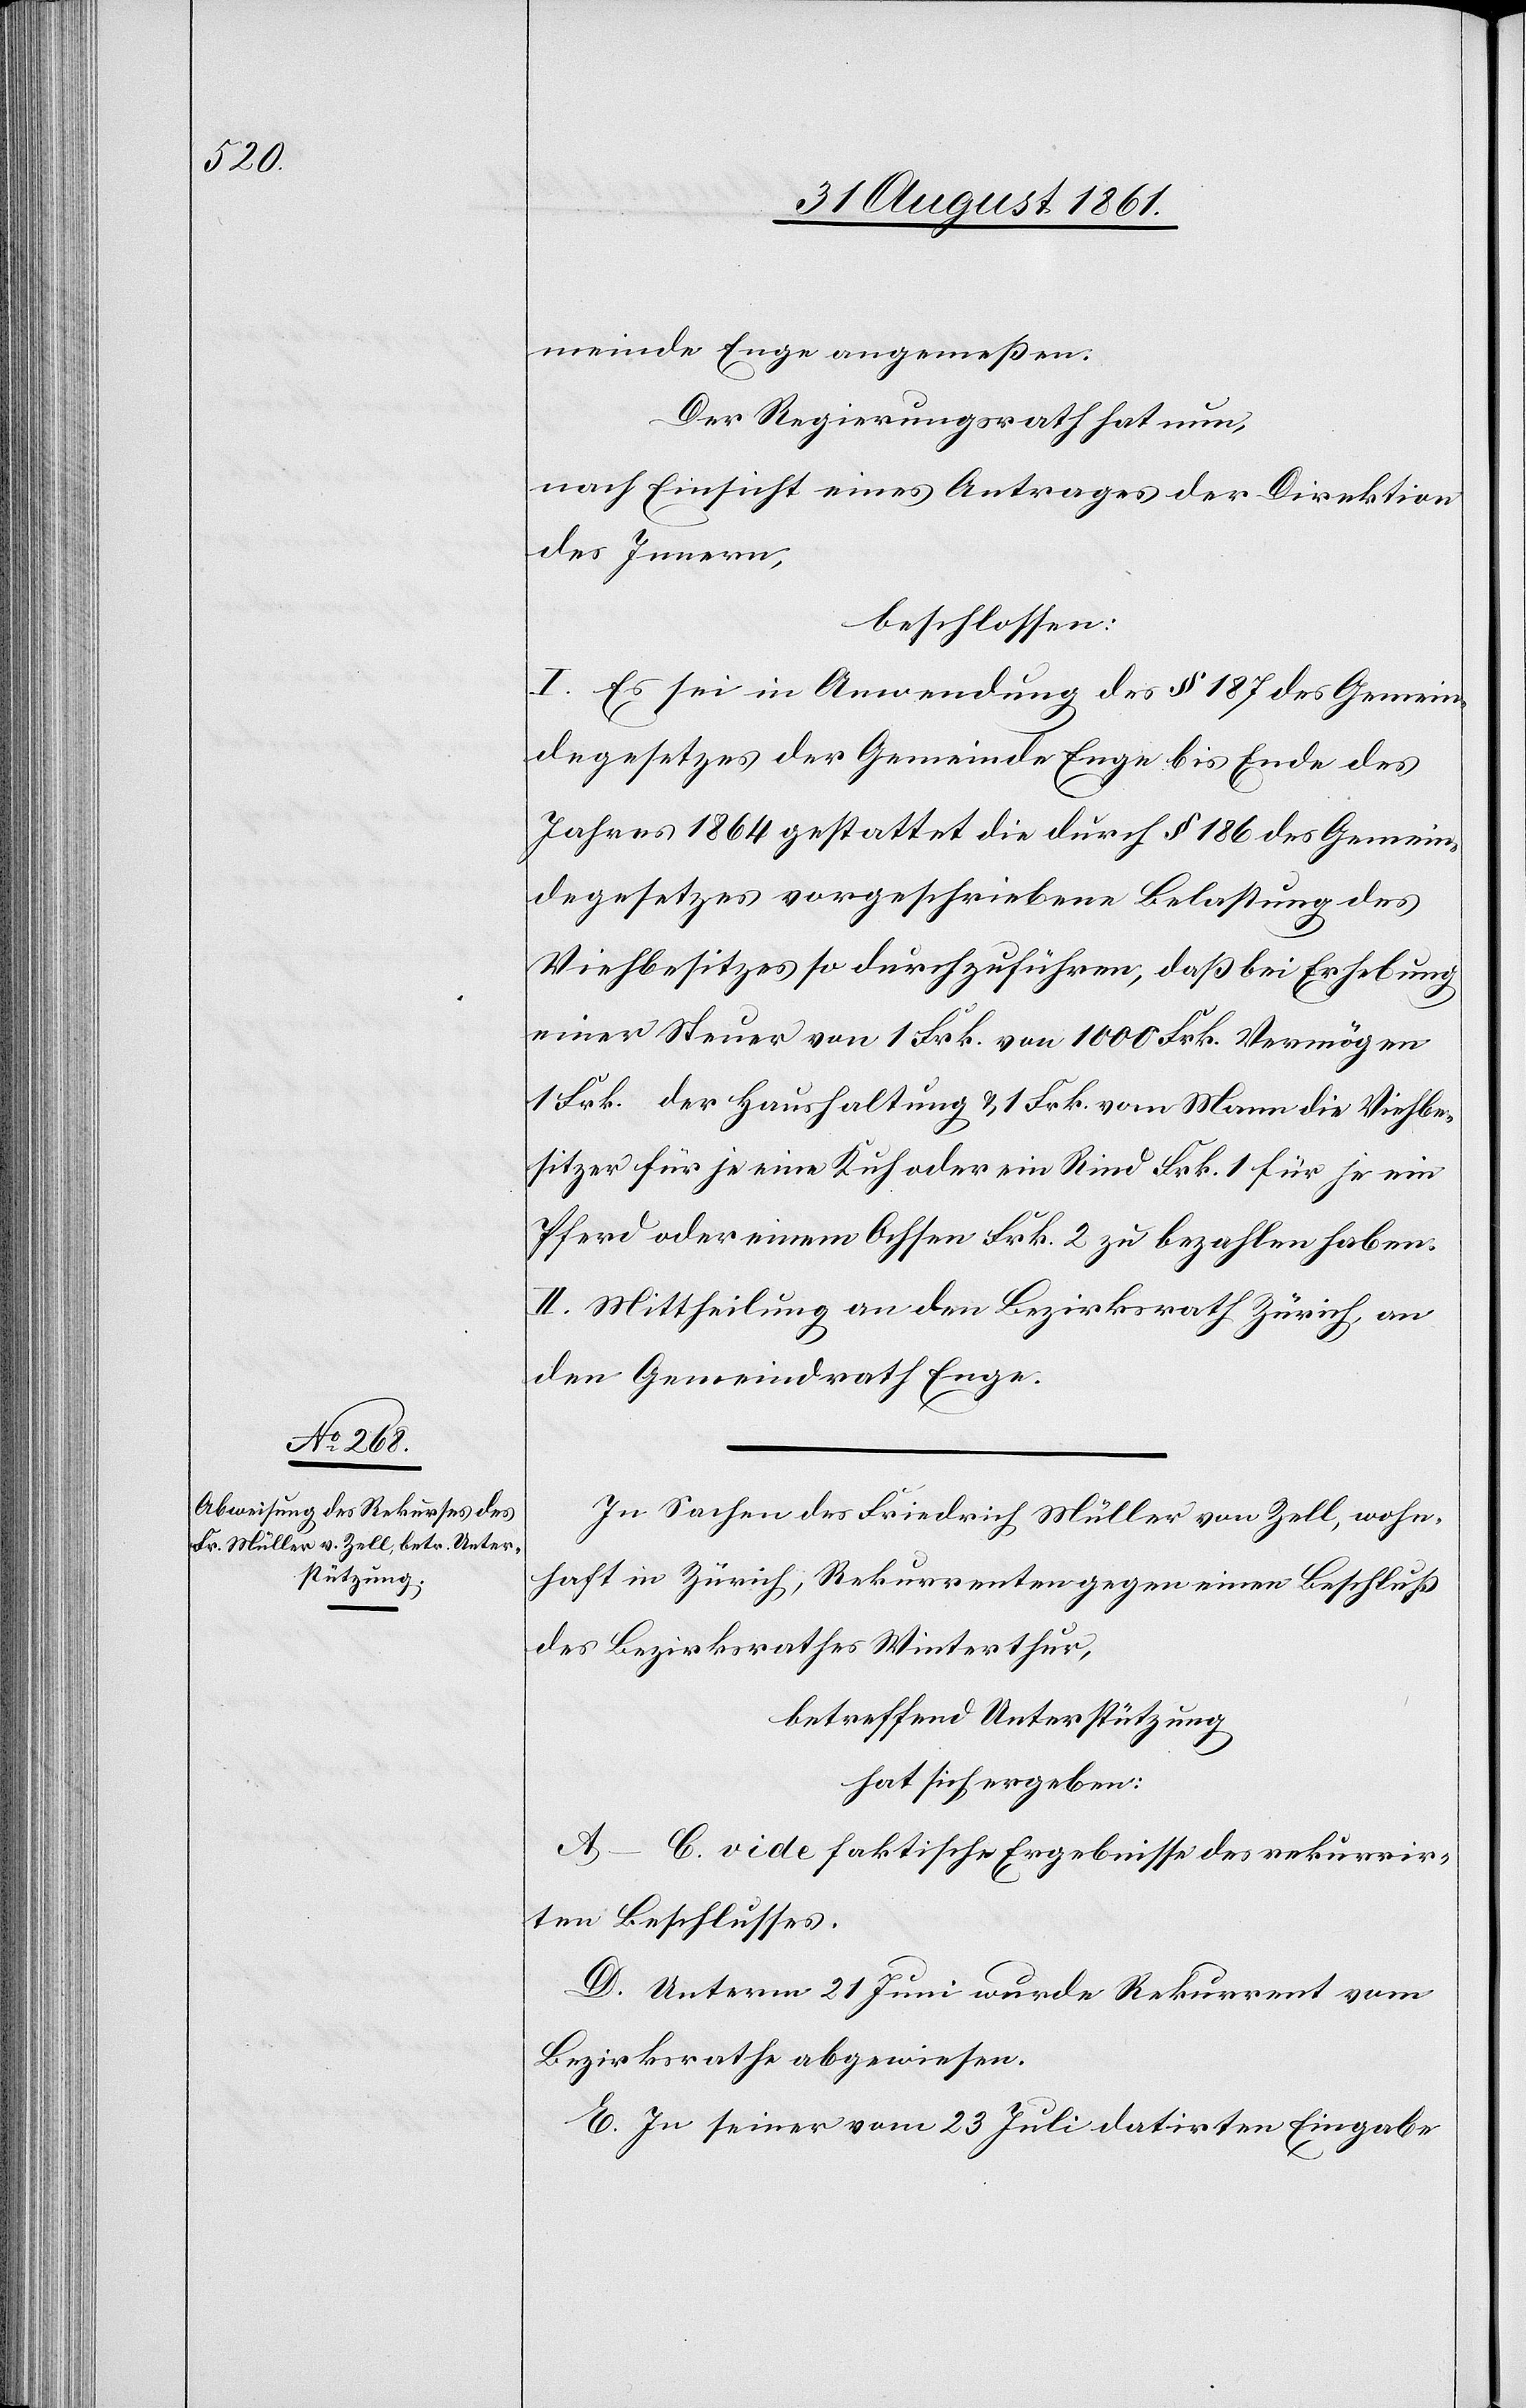
meinde Enge angemessen.
Der Regierungsrath hat nun,
nach Einsicht eines Antrages der Direktion
des Innern,
beschlossen:
I. Es sei in Anwendung des § 187 des Gemein¬
degesetzes der Gemeinde Enge bis Ende des
Jahres 1864 gestattet die durch § 186 des Gemein¬
degesetzes vorgeschriebene Belastung des
Viehbesitzes so durchzuführen, daß bei Erhebung
einer Steuer von 1 Frk. von 1000 Frk. Vermögen
1 Frk. der Haushaltung u. 1 Frk. vom Mann die Viehbe¬
sitzer für je eine Kuh oder ein Rind Frk. 1 für je ein
Pferd oder einen Ochsen Frk. 2 zu bezahlen haben.
II. Mittheilung an den Bezirksrath Zürich, an
den Gemeindrath Enge.
In Sachen des Friedrich Müller von Zell, wohn¬
haft in Zürich, Rekurrenten gegen einen Beschluß
des Bezirksrathes Winterthur,
betreffend Unterstützung
hat sich ergeben:
A–C. vide faktische Ergebnisse des rekurrir¬
ten Beschlusses.
D. Unterm 21 Juni wurde Rekurrent vom
Bezirksrathe abgewiesen.
E. In seiner vom 23 Juli datirten Eingabe